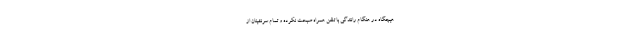
هیچگاه در هنگام رانندگی با تلفن همراه صبحت نکرده و تمام سرنشینان از